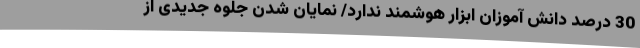
30 درصد دانش آموزان ابزار هوشمند ندارد/ نمایان شدن جلوه جدیدی از